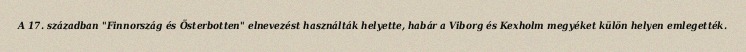
A 17. században "Finnország és Österbotten" elnevezést használták helyette, habár a Viborg és Kexholm megyéket külön helyen emlegették.